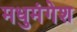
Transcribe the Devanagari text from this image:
मधुमंगेश